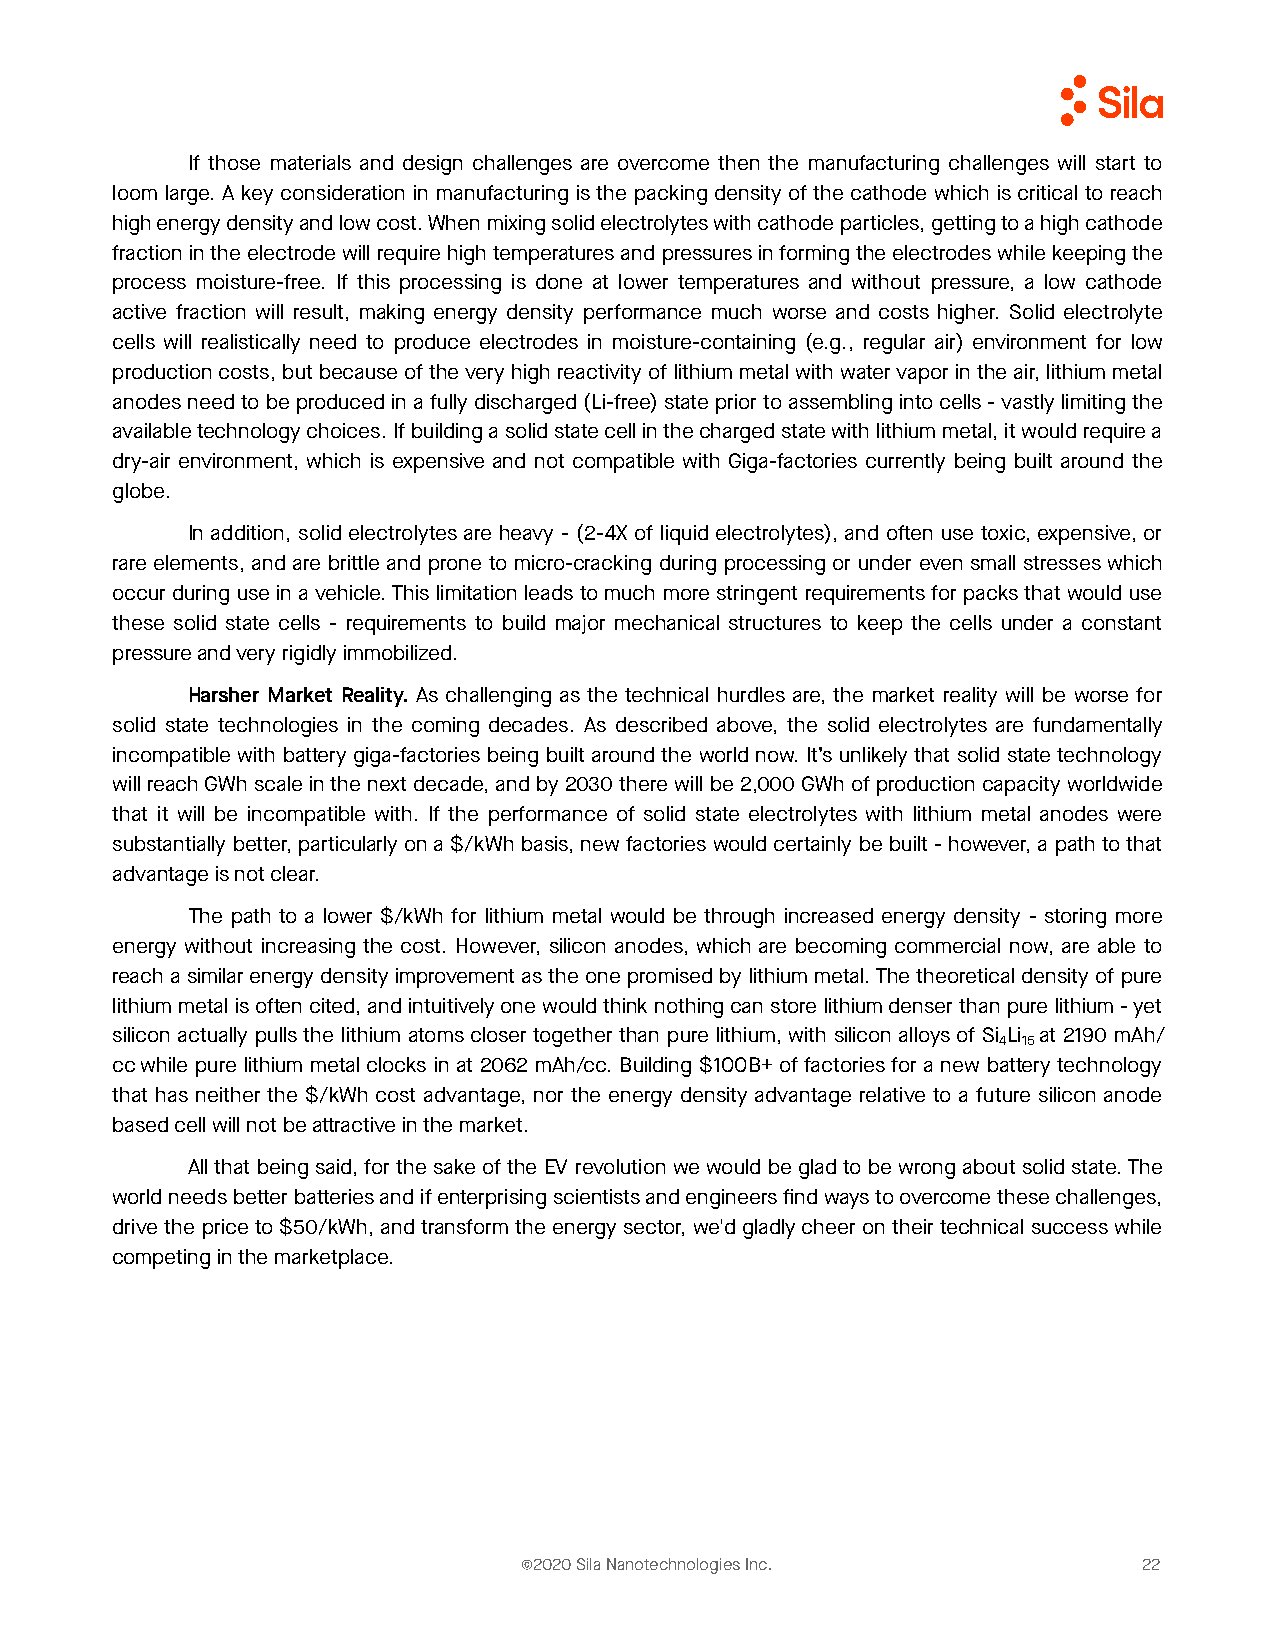
If those materials and design challenges are overcome then the manufacturing challenges will start to
 loom large. A key consideration in manufacturing is the packing density of the cathode which is critical to reach
 high energy density and low cost. When mixing solid electrolytes with cathode particles, getting to a high cathode
 fraction in the electrode will require high temperatures and pressures in forming the electrodes while keeping the
 process moisture-free. If this processing is done at lower temperatures and without pressure, a low cathode
 active fraction will result, making energy density performance much worse and costs higher. Solid electrolyte
 cells will realistically need to produce electrodes in moisture-containing (e.g., regular air) environment for low
 production costs, but because of the very high reactivity of lithium metal with water vapor in the air, lithium metal
 anodes need to be produced in a fully discharged (Li-free) state prior to assembling into cells - vastly limiting the
 available technology choices. If building a solid state cell in the charged state with lithium metal, it would require a
 dry-air environment, which is expensive and not compatible with Giga-factories currently being built around the
 globe.
 In addition, solid electrolytes are heavy - (2-4X of liquid electrolytes), and often use toxic, expensive, or
 rare elements, and are brittle and prone to micro-cracking during processing or under even small stresses which
 occur during use in a vehicle. This limitation leads to much more stringent requirements for packs that would use
 these solid state cells - requirements to build major mechanical structures to keep the cells under a constant
 pressure and very rigidly immobilized.
 Harsher Market Reality. As challenging as the technical hurdles are, the market reality will be worse for
 solid state technologies in the coming decades. As described above, the solid electrolytes are fundamentally
 incompatible with battery giga-factories being built around the world now. It’s unlikely that solid state technology
 will reach GWh scale in the next decade, and by 2030 there will be 2,000 GWh of production capacity worldwide
 that it will be incompatible with. If the performance of solid state electrolytes with lithium metal anodes were
 substantially better, particularly on a $/kWh basis, new factories would certainly be built - however, a path to that
 advantage is not clear.
 The path to a lower $/kWh for lithium metal would be through increased energy density - storing more
 energy without increasing the cost. However, silicon anodes, which are becoming commercial now, are able to
 reach a similar energy density improvement as the one promised by lithium metal. The theoretical density of pure
 lithium metal is often cited, and intuitively one would think nothing can store lithium denser than pure lithium - yet
 silicon actually pulls the lithium atoms closer together than pure lithium, with silicon alloys of Si Li at 2190 mAh/
 4 15
 cc while pure lithium metal clocks in at 2062 mAh/cc. Building $100B+ of factories for a new battery technology
 that has neither the $/kWh cost advantage, nor the energy density advantage relative to a future silicon anode
 based cell will not be attractive in the market.
 All that being said, for the sake of the EV revolution we would be glad to be wrong about solid state. The
 world needs better batteries and if enterprising scientists and engineers find ways to overcome these challenges,
 drive the price to $50/kWh, and transform the energy sector, we'd gladly cheer on their technical success while
 competing in the marketplace.
 ©2020 Sila Nanotechnologies Inc.          22